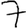
Digit: 7